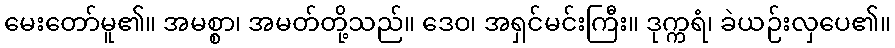
မေးတော်မူ၏။ အမစ္စာ၊ အမတ်တို့သည်။ ဒေဝ၊ အရှင်မင်းကြီး။ ဒုက္ကရံ၊ ခဲယဉ်းလှပေ၏။